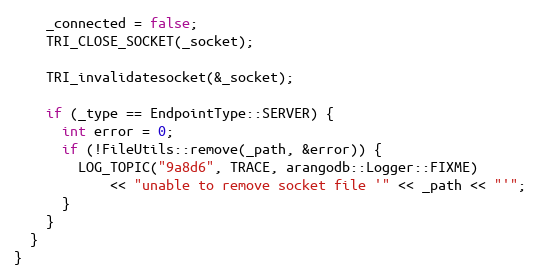
Language: C++
    _connected = false;
    TRI_CLOSE_SOCKET(_socket);

    TRI_invalidatesocket(&_socket);

    if (_type == EndpointType::SERVER) {
      int error = 0;
      if (!FileUtils::remove(_path, &error)) {
        LOG_TOPIC("9a8d6", TRACE, arangodb::Logger::FIXME)
            << "unable to remove socket file '" << _path << "'";
      }
    }
  }
}